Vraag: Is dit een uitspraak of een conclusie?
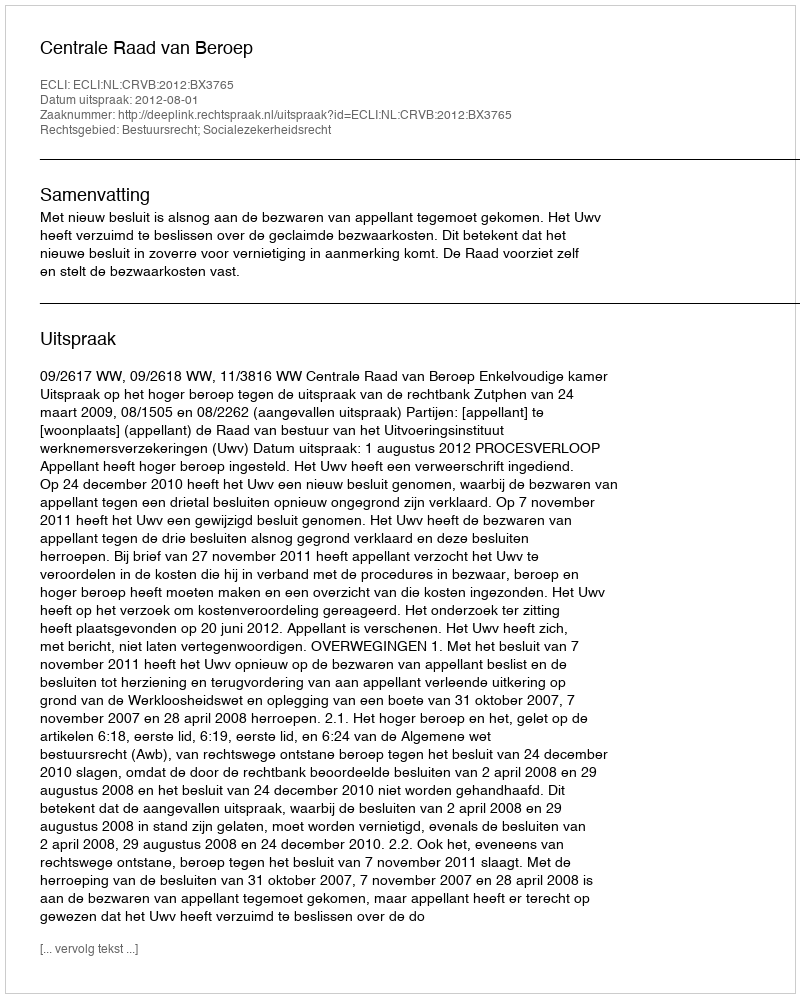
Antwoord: Uitspraak